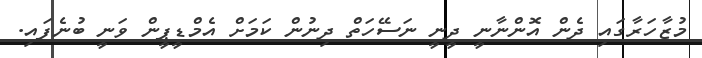
މުޒާހަރާގައި ދެން އޮންނާނީ ދީނީ ނަސޭހަތް ދިނުން ކަމަށް އެމްޑީޕީން ވަނީ ބުނެފައި.